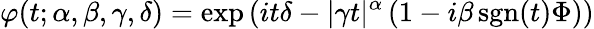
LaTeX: \varphi(t;\alpha,\beta,\gamma,\delta)=\exp\left(it\delta-|\gamma t|^{\alpha}\left(1-i\beta\operatorname{sgn}(t)\Phi\right)\right)